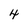
Character: 4